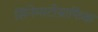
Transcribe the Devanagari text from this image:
सिनेमाटोग्राफिक